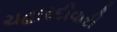
ચહારદીવારી